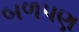
બળપણ